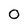
Character: 0